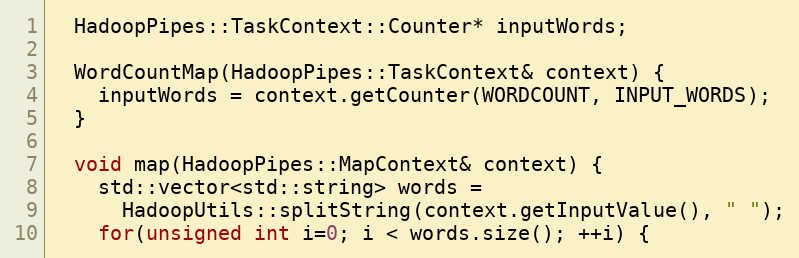
Language: C++
  HadoopPipes::TaskContext::Counter* inputWords;

  WordCountMap(HadoopPipes::TaskContext& context) {
    inputWords = context.getCounter(WORDCOUNT, INPUT_WORDS);
  }

  void map(HadoopPipes::MapContext& context) {
    std::vector<std::string> words =
      HadoopUtils::splitString(context.getInputValue(), " ");
    for(unsigned int i=0; i < words.size(); ++i) {